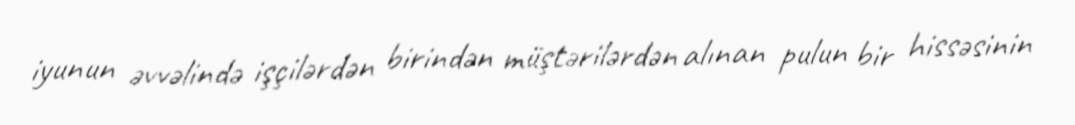
iyunun əvvəlində işçilərdən birindən müştərilərdən alınan pulun bir hissəsinin